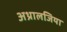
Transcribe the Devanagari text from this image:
अथ्रालजिया